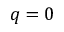
q = 0